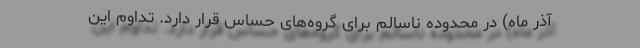
آذر ماه) در محدوده ناسالم برای گروه‌های حساس قرار دارد. تداوم این